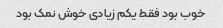
خوب بود فقط یکم زیادی خوش نمک بود